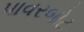
પાવરબોટ